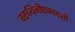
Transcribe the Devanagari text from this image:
वरूथिनीएकादशी